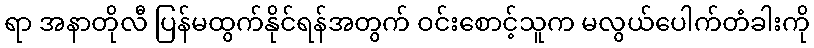
ရာ အနာတိုလီ ပြန်မထွက်နိုင်ရန်အတွက် ဝင်းစောင့်သူက မလွယ်ပေါက်တံခါးကို